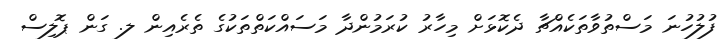
ފުލުހުނަ މަސްތުވާތަކެއްޗާ ދެކޮޅަށް މިހާރު ކުރަމުންދާ މަސައްކަތްތަކުގެ ތެރެއިން ލ. ގަން ޕޮލިސް